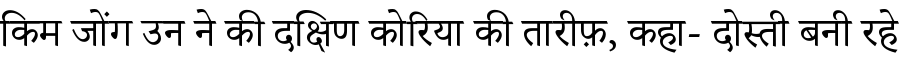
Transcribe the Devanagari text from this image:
किम जोंग उन ने की दक्षिण कोरिया की तारीफ़, कहा- दोस्ती बनी रहे